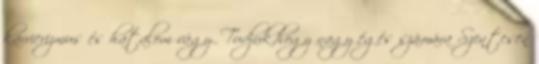
karrierizmus és hatalom vágy. Tudjuk,hogy nagy égés számára Szentesen